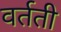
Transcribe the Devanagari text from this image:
वर्तती